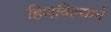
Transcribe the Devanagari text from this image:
हिणविल्याने